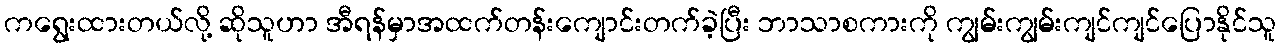
ကရွေးထားတယ်လို့ ဆိုသူဟာ အီရန်မှာအထက်တန်းကျောင်းတက်ခဲ့ပြီး ဘာသာစကားကို ကျွမ်းကျွမ်းကျင်ကျင်ပြောနိုင်သူ